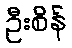
ဦးစိန်